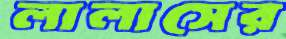
লালাসের